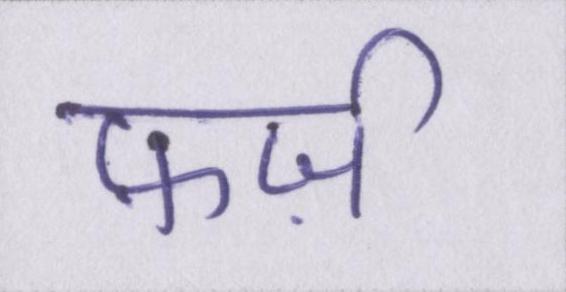
फ़र्ज़